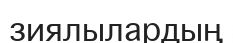
зиялылардың